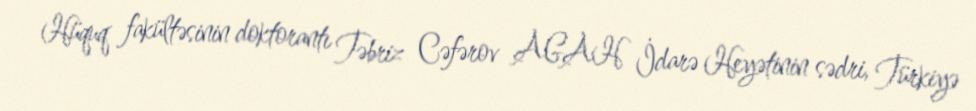
Hüquq fakültəsinin doktorantı Təbriz Cəfərov AGAH İdarə Heyətinin sədri, Türkiyə